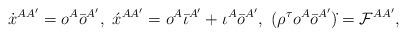
LaTeX: \begin{align*}\dot{x}^{AA'} = o^A \bar{o}^{A'}, \,\,\acute{x}^{AA'}= o^A \bar{\iota}^{A'} + \iota^A \bar{o}^{A'},\,\,(\rho^\tau o^A\bar{o}^{A'})\dot{} = {\cal F}^{AA'},\end{align*}